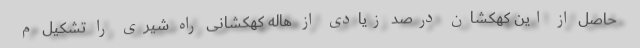
حاصل از این کهکشان درصد زیادی از هاله کهکشانی راه شیری را تشکیل م